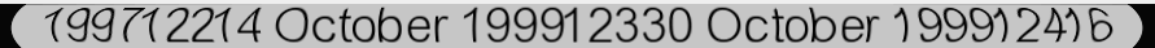
199712214 October 199912330 October 199912416